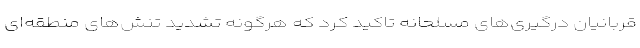
قربانیان درگیری‌های مسلحانه تاکید کرد که هرگونه تشدید تنش‌های منطقه‌ای